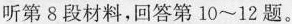
听第8段材料,回答第 10~12 题。